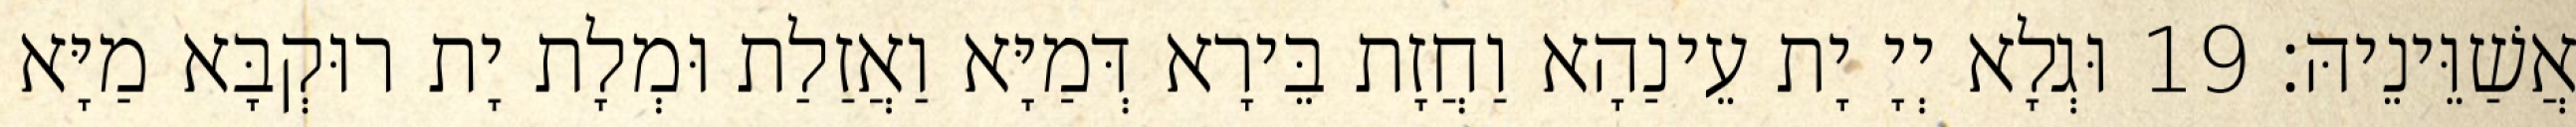
אֲשַׁוֵּינֵיהּ׃ 19 וּגְלָא יְיָ יָת עֵינַהָא וַחֲזָת בֵּירָא דְּמַיָּא וַאֲזַלַת וּמְלָת יָת רוּקְבָּא מַיָּא